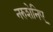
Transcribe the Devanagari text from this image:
नरुशेनिए